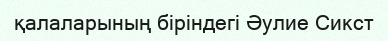
қалаларының біріндегі Әулие Сикст